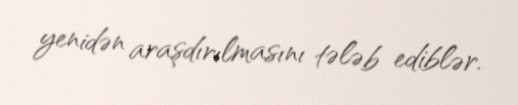
yenidən araşdırılmasını tələb ediblər.